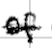
Text: of
Cross-out: single-line
Writing tool: digital_black